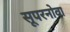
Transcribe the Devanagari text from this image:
सूपरनोवा